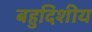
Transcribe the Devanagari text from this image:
बहुदिशीय